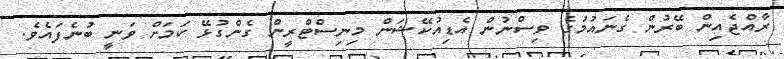
ރާއްޖެއިން ބޭރުން ގެނައުމުގެ ވިސްނުން އެޑިއުކޭޝަން މިނިސްޓްރީން ގެންގުޅޭ ކަމަށް ވަނީ ބުނެފައެވެ.